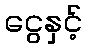
ငွေနှင့်